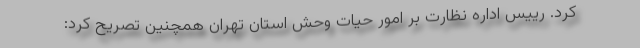
کرد. رییس اداره نظارت بر امور حیات وحش استان تهران همچنین تصریح کرد: